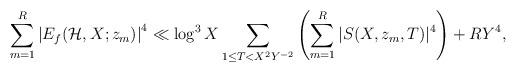
LaTeX: \begin{align*}\sum_{m=1}^{R} \left| E_f(\mathcal{H}, X; z_m) \right|^4 \ll \log^3 X \sum_{1\leq T < X^2 Y^{-2}}\left( \sum_{m=1}^{R} |S(X, z_m, T) |^4 \right)+ RY^4,\end{align*}